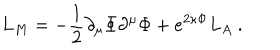
LaTeX: L _ { M } = - \frac { 1 } { 2 } \partial _ { \mu } \Phi \partial ^ { \mu } \Phi + e ^ { 2 \kappa \Phi } L _ { A } \ .